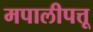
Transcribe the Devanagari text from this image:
मपालीपत्तू